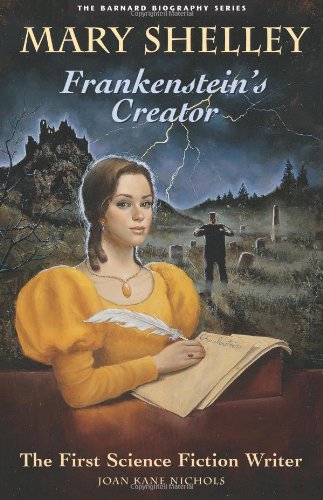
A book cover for Mary Shelley: Frankenstein's Creator (Barnard Biography); Joan Kane Nichols; Teen & Young Adult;